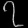
Digit: ၇